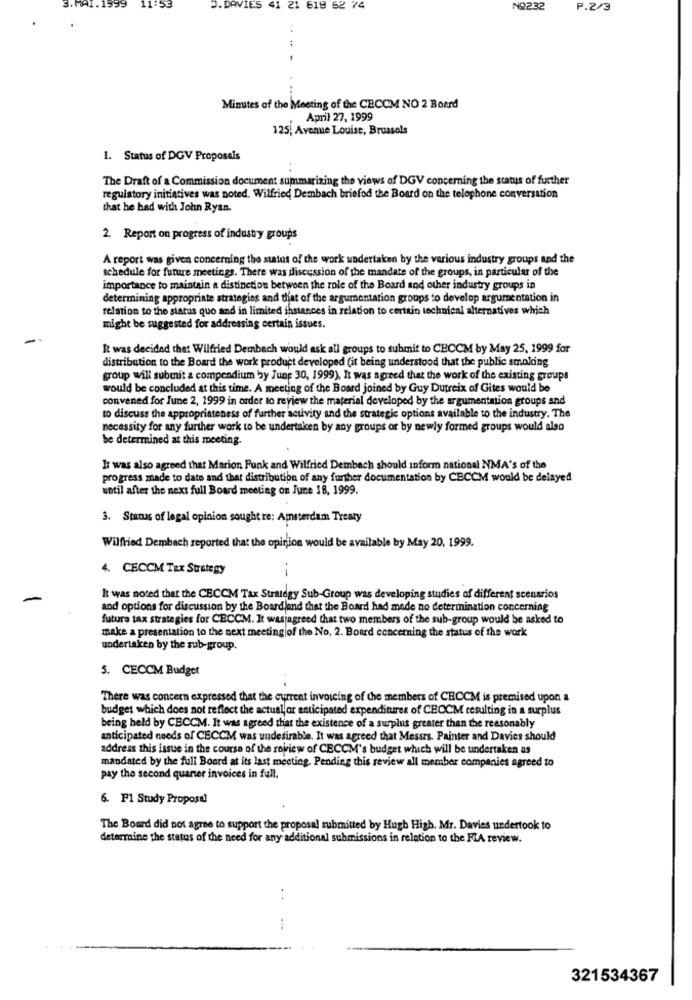
DAVIES 41
1 619 62 74
NO232
P.2/3
Minutes of the Meeting of the CECCM NO 2 Borrd
April 27, 1999
125, Avenue Louise, Brussels
1. Status of DGV Proposals
..
The Draft of a Commission document summarizing the views of DGV concerning the status of further
regulatory initiatives was noted. Wilfried Dembach briefod the Board on the telephone conversation
that he had with John Ryan.
2. Report on progress of industry groups
A report was given concerning the status of the work undertaken by the various industry groups and the
schedule for future meetings. There was discussion of the mandate of the groups, in particular of the
importance to maintain a distinction between the role of the Board and other industry groups in
determining appropriate strategies and that of the argumentation groups to develop argumentation in
relation to the status quo and in limited instances in relation to certain technicni alternatives which
might be suggested for addressing certain issues.
It was decided that Wilfried Dembach would ask all groups to submit to CECCM by May 25, 1999 for
distribution to the Board the work product developed (it being understood that the public smoking
group will submit a compendium by June 30, 1999), It was agreed that the work of the existing groups
would be concluded at this time. A meeting of the Board joined by Guy Dutreix of Gites would be
convened for June 2, 1999 in order to review the material developed by the argumentation groups and
to discuss the appropriateness of further activity and the strategic options available to the industry. The
necessity for any further work to be undertaken by any groups or by newly formed groups would also
be determined at this meeting.
It was also agreed that Marion Funk and Wilfried Dembach should inform national NMA's of the
progress made to date and that distribution of any further documentation by CBCCM would be delayed
until after the next full Board meeting on June 18, 1999.
3. Stanxs of legal opinion sought re: Amsterdam Treaty
Wilfried Dembach reported that the opinion would be available by May 20, 1999.
4. CECCM Tex Strategy
It was noted that the CECCM Tax Strategy Sub-Group was developing studies of different scenarios
and options for discussion by the Boardland that the Board had made no determination concerning
futuro tax strategies for CECCM. It wasjagreed that two members of the sub-group would be asked to
make a presentation to the next meeting of the No, 2. Board concerning the status of the work
undertaken by the sub-group.
5. CECCM Budget
There was concern expressed that the current invoicing of the members of CBCCM is premised upon a
budget which does not reflect the actual,or anticipated expenditures of CECCM resulting in a surplus
being held by CBCCM. It was agreed that the existence of a surplus greater than the reasonably
anticipated needs of CECCM was undesirable. It was agreed that Messrs. Painter and Davies should
address this issue in the course of the rowview of CECCM's budget which will be undertaken as
mandated by the full Boord at its last meeting. Pending this review all member companies agreed to
pay the second quarter invoices in full.
6. F1 Study Proposal
The Board did not agree to support the proposal submitted by Hugh High. Mr. Davies undertook to
determine the status of the need for any additional submissions in relation to the FIA review.
. .
321534367